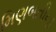
મિણબતીના